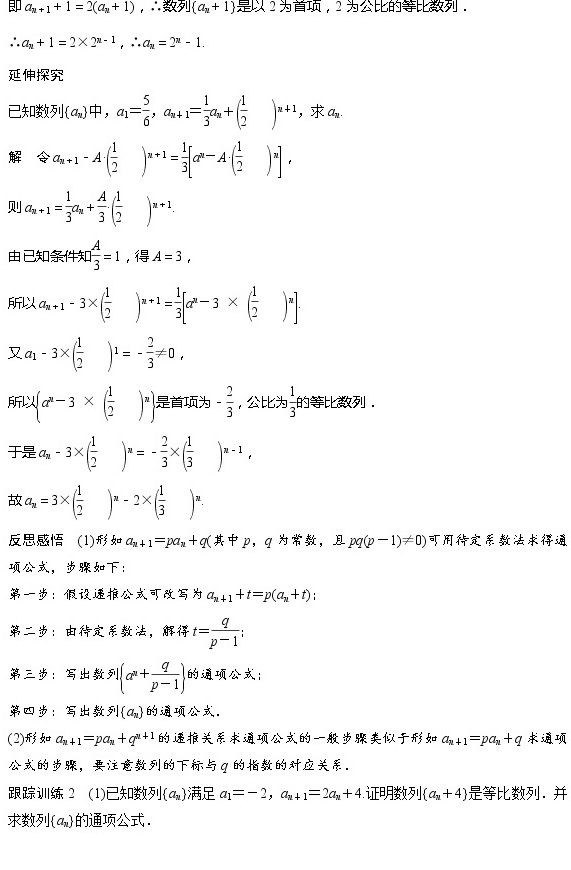
即\(a_{n + 1} + 1 = 2(a_{n} + 1)\)，\(\therefore\)数列\(\{a_{n}+1\}\)是以\(2\)为首项，\(2\)为公比的等比数列．
\(\therefore a_{n}+1 = 2\times2^{n - 1}\)，\(\therefore a_{n}=2^{n}-1\)．

延伸探究
已知数列\(\{a_{n}\}\)中，\(a_{1}=\frac{5}{6}\)，\(a_{n + 1}=\frac{1}{3}a_{n}+(\frac{1}{2})^{n + 1}\)，求\(a_{n}\)．
解 令\(a_{n + 1}-A(\frac{1}{2})^{n + 1}=\frac{1}{3}[a^{n}-A(\frac{1}{2})^{n}]\)，
则\(a_{n + 1}=\frac{1}{3}a_{n}+\frac{A}{3}(\frac{1}{2})^{n + 1}\)．
由已知条件知\(\frac{A}{3}=1\)，得\(A = 3\)，
所以\(a_{n + 1}-3\times(\frac{1}{2})^{n + 1}=\frac{1}{3}[a^{n}-3\times(\frac{1}{2})^{n}]\)．
又\(a_{1}-3\times(\frac{1}{2})^{1}=-\frac{2}{3}\neq0\)，
所以\(\{a^{n}-3\times(\frac{1}{2})^{n}\}\)是首项为\(-\frac{2}{3}\)，公比为\(\frac{1}{3}\)的等比数列．
于是\(a_{n}-3\times(\frac{1}{2})^{n}=-\frac{2}{3}\times(\frac{1}{3})^{n - 1}\)，
故\(a_{n}=3\times(\frac{1}{2})^{n}-2\times(\frac{1}{3})^{n}\)．

反思感悟
(1)形如\(a_{n + 1}=pa_{n}+q\)（其中\(p\)，\(q\)为常数，且\(pq(p - 1)\neq0\)）可用待定系数法求得通项公式，步骤如下：
第一步：假设递推公式可改写为\(a_{n + 1}+t=p(a_{n}+t)\)；
第二步：由待定系数法，解得\(t=\frac{q}{p - 1}\)；
第三步：写出数列\(\{a^{n}+\frac{q}{p - 1}\}\)的通项公式；
第四步：写出数列\(\{a_{n}\}\)的通项公式．
(2)形如\(a_{n + 1}=pa_{n}+q^{n + 1}\)的递推关系求通项公式的一般步骤类似于形如\(a_{n + 1}=pa_{n}+q\)求通项公式的步骤，要注意数列的下标与\(q\)的指数的对应关系．

跟踪训练2
(1)已知数列\(\{a_{n}\}\)满足\(a_{1}=-2\)，\(a_{n + 1}=2a_{n}+4\)．证明数列\(\{a_{n}+4\}\)是等比数列，并求数列\(\{a_{n}\}\)的通项公式．